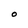
Character: O